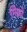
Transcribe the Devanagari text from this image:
मिक्रो